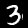
Digit: 3